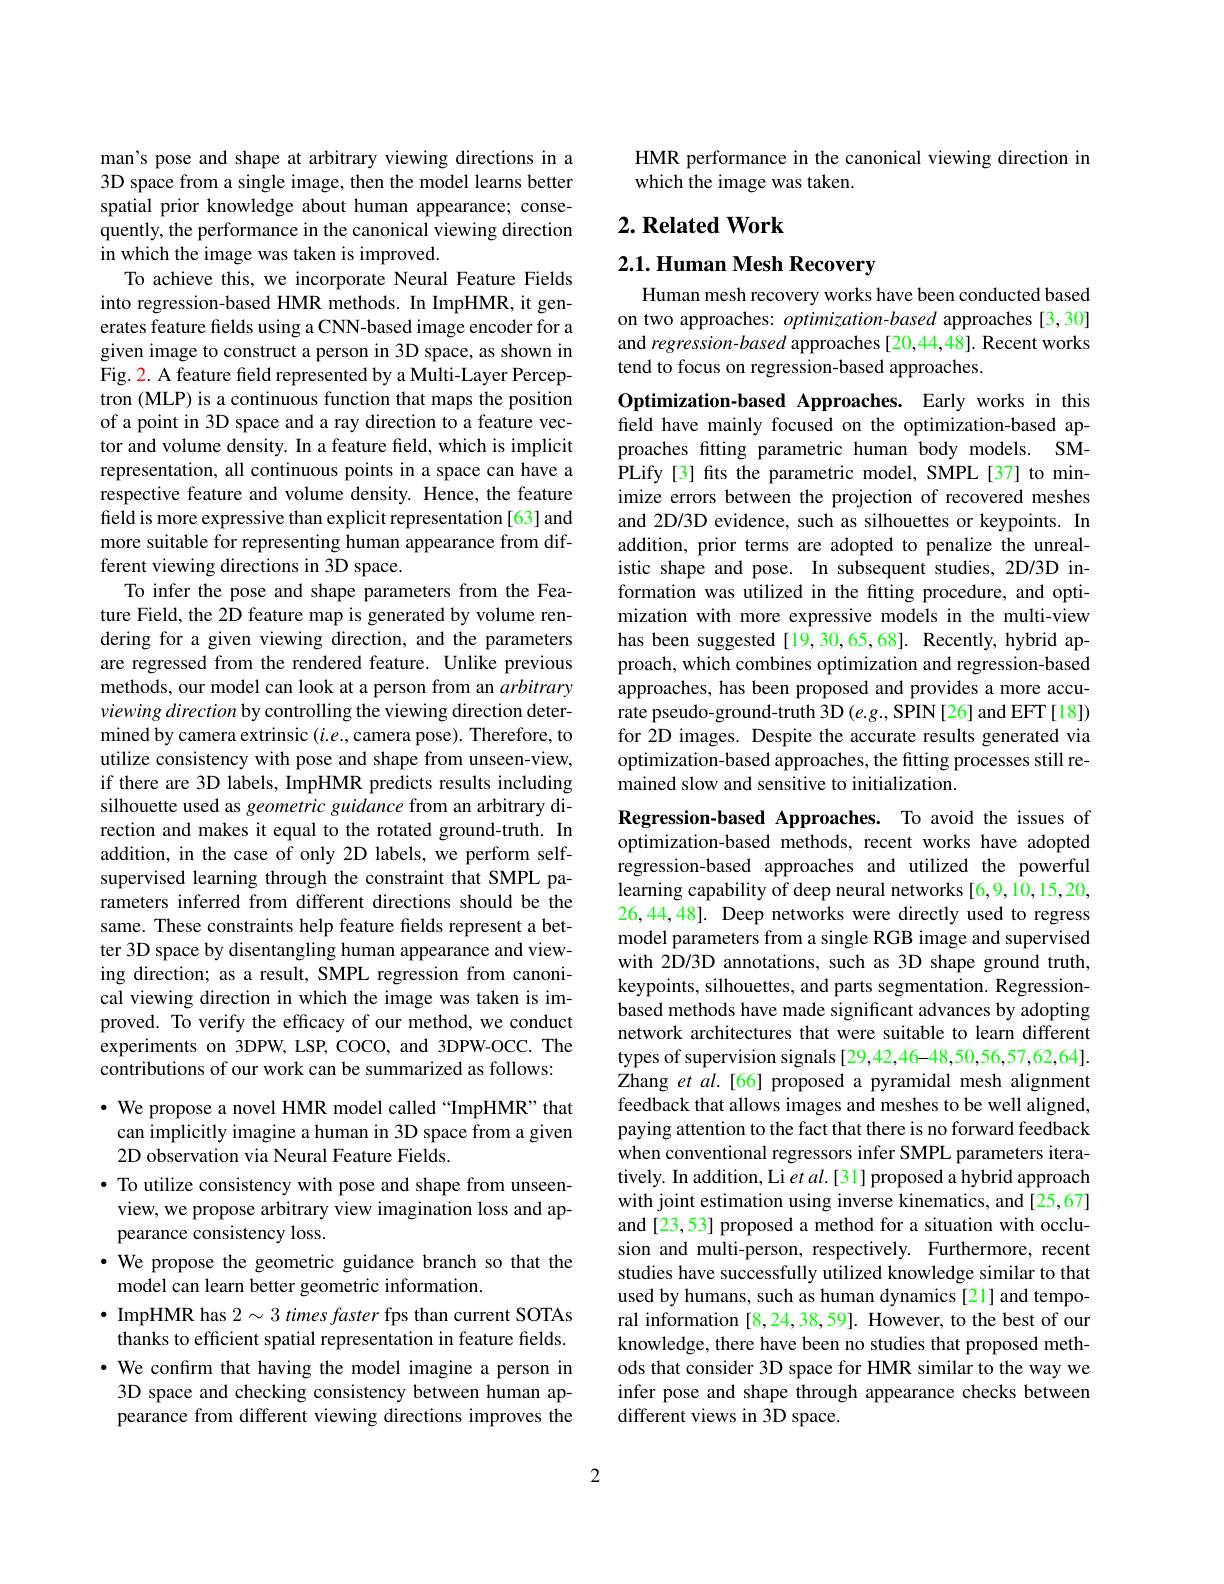
man's pose and shape at arbitrary viewing directions in a 3D space from a single image, then the model learns better spatial prior knowledge about human appearance; consequently, the performance in the canonical viewing direction in which the image was taken is improved.
To achieve this, we incorporate Neural Feature Fields into regression-based HMR methods. In ImpHMR, it generates feature felds using a CNN-based image encoder for a given image to construct a person in 3D space, as shown in Fig. 2. A feature feld represented by a Multi-Layer Perceptron (MLP) is a continuous function that maps the position of a point in 3D space and a ray direction to a feature vector and volume density. In a feature field, which is implicit representation, all continuous points in a space can have a respective feature and volume density. Hence, the feature field is more expressive than explicit representation [63] and more suitable for representing human appearance from different viewing directions in 3D space.
To infer the pose and shape parameters from the Feature Field, the 2D feature map is generated by volume rendering for a given viewing direction, and the parameters are regressed from the rendered feature. Unlike previous methods, our model can look at a person from an arbitrary viewing direction by controlling the viewing direction determined by camera extrinsic $(i.e.$,camera pose). Therefore, to utilize consistency with pose and shape from unseen-view, if there are 3D labels, ImpHMR predicts results including silhouette used as geometric guidance from an arbitrary direction and makes it equal to the rotated ground-truth. In addition, in the case of only 2D labels, we perform selfsupervised learning through the constraint that SMPL parameters inferred from different directions should be the same. These constraints help feature fields represent a better 3D space by disentangling human appearance and viewing direction; as a result, SMPL regression from canonical viewing direction in which the image was taken is improved. To verify the efficacy of our method, we conduct experiments on 3DPW, LSP, COCO, and 3DPW-OCC. The contributions of our work can be summarized as follows:
$\cdot$ We propose a novel HMR model called“ImpHMR” that
can implicitly imagine a human in 3D space from a given
2D observation via Neural Feature Fields.
$\bullet$ To utilize consistency with pose and shape from unseenview, we propose arbitrary view imagination loss and appearance consistency loss.
·We propose the geometric guidance branch so that the
model can learn better geometric information.
$\bullet$ ImpHMR has 2$\sim 3\textit{times faster fps than current SOTAs}$ thanks to efficient spatial representation in feature felds. · We confırm that having the model imagine a person in 3D space and checking consistency between human appearance from different viewing directions improves the

HMR performance in the canonical viewing direction in
which the image was taken.

# 2. Related Work

2.1. Human Mesh Recovery

Human mesh recovery works have been conducted based on two approaches: optimization-based approaches [3,30] and regression-based approaches [20,44,48]. Recent works tend to focus on regression-based approaches.

Optimization-based Approaches. Early works in this field have mainly focused on the optimization-based approaches fitting parametric human body models. SMPLify [ 3] fits the parametric model, SMPL [ 37] to min- imize errors between the projection of recovered meshes and 2D/3D evidence, such as silhouettes or keypoints. In addition, prior terms are adopted to penalize the unrealistic shape and pose. In subsequent studies, 2D/3D information was utilized in the fitting procedure, and optimization with more expressive models in the multi-view has been suggested [19,30,65,68]. Recently, hybrid approach, which combines optimization and regression-based approaches, has been proposed and provides a more accurate pseudo-ground-truth 3D (e.g., SPIN[26] and EFT[18]) for 2D images. Despite the accurate results generated via optimization-based approaches, the fitting processes still remained slow and sensitive to initialization.
Regression-based Approaches. To avoid the issues of

optimization-based methods, recent works have adopted regression-based approaches and utilized the powerful learning capability of deep neural networks [6,9,10,15,20, 26,44,48]. Deep networks were directly used to regress model parameters from a single RGB image and supervised with 2D/3D annotations, such as 3D shape ground truth, keypoints, silhouettes, and parts segmentation. Regressionbased methods have made significant advances by adopting network architectures that were suitable to learn different types of supervision signals[29,42,46-48,50,56,57,62,64]. Zhang et al.[66] proposed a pyramidal mesh alignment feedback that allows images and meshes to be well aligned, paying attention to the fact that there is no forward feedback when conventional regressors infer SMPL parameters iteratively. In addition, Li $etal.[31]$ proposed a hybrid approach with joint estimation using inverse kinematics, and [25,67] and [23,53] proposed a method for a situation with occlusion and multi-person, respectively. Furthermore, recent studies have successfully utilized knowledge similar to that used by humans, such as human dynamics [21] and temporal information [8,24,38,59]. However, to the best of our knowledge, there have been no studies that proposed methods that consider 3D space for HMR similar to the way we infer pose and shape through appearance checks between different views in 3D space.

2